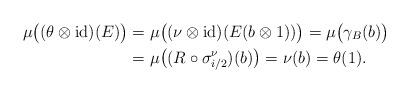
LaTeX: \begin{align*}\mu\bigl((\theta\otimes\operatorname{id})(E)\bigr)&=\mu\bigl((\nu\otimes\operatorname{id})(E(b\otimes1))\bigr)=\mu\bigl(\gamma_B(b)\bigr) \\&=\mu\bigl((R\circ\sigma^{\nu}_{i/2})(b)\bigr)=\nu(b)=\theta(1).\end{align*}